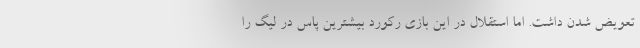
تعویض شدن داشت. اما استقلال در این بازی رکورد بیشترین پاس در لیگ را